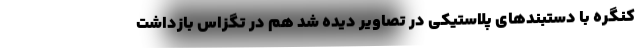
کنگره با دستبندهای پلاستیکی در تصاویر دیده شد هم در تگزاس بازداشت